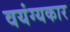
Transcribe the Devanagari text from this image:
वयंग्यकार